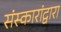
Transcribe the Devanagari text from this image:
संस्कारांद्वारा